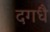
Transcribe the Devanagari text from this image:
दगधै